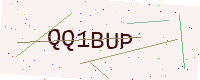
Text: QQ1BUP